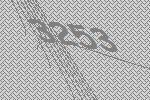
3253